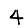
Digit: 4